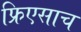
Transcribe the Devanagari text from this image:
फ्रिएसाच